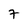
Character: 7